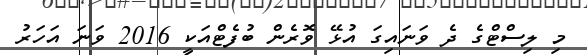
މި ލިސްޓްގެ ދެ ވަނައިގަ އުޅޭ ވޮރެން ބުފެޓްއަކީ 2016 ވަނަ އަހަރު